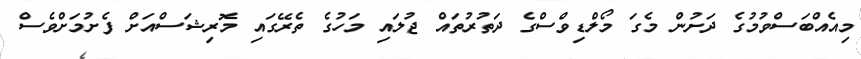
މިއެއްބަސްވުމުގެ ދަށުން މެގަ މޯލްޑިވްސްގެ ދަތުރުތައް ޖުލައި މަހުގެ ތެރޭގައި މޮރިޝަސްއަށް ފެށުމަށްވެސް